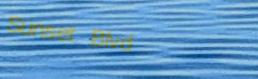
Sunset Blvd